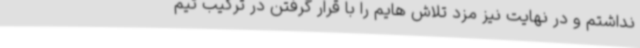
نداشتم و در نهایت نیز مزد تلاش هایم را با قرار گرفتن در ترکیب تیم